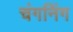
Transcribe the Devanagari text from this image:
चंगनिंग